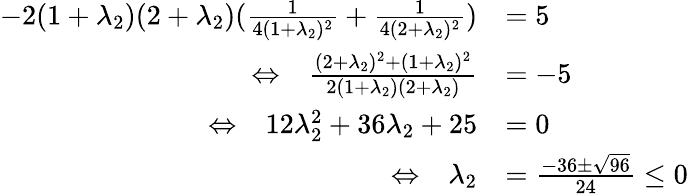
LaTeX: \begin{array}{rl}{-2(1+\lambda_{2})(2+\lambda_{2})(\frac{1}{4(1+\lambda_{2})^{2}}+\frac{1}{4(2+\lambda_{2})^{2}})}&{=5}\\ {\Leftrightarrow~~~\frac{(2+\lambda_{2})^{2}+(1+\lambda_{2})^{2}}{2(1+\lambda_{2})(2+\lambda_{2})}}&{=-5}\\ {\Leftrightarrow~~~12\lambda_{2}^{2}+36\lambda_{2}+25}&{=0}\\ {\Leftrightarrow~~~\lambda_{2}}&{=\frac{-36\pm\sqrt{96}}{24}\leq 0}\end{array}